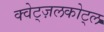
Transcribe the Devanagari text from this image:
क्वेट्ज़लकोट्ल